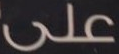
على